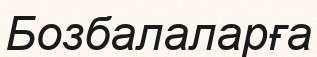
Бозбалаларға